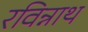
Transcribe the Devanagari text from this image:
रविन्नाथ